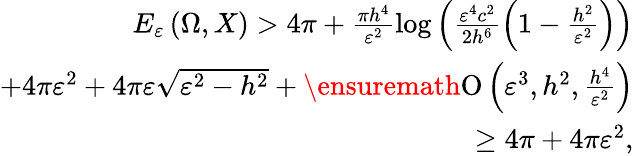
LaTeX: \begin{array}{r}{E_{\varepsilon}\left(\Omega,X\right)>4\pi+\frac{\pi h^{4}}{\varepsilon^{2}}\log{\left(\frac{\varepsilon^{4}c^{2}}{2h^{6}}\left(1-\frac{h^{2}}{\varepsilon^{2}}\right)\right)}}\\ {+4\pi\varepsilon^{2}+4\pi\varepsilon\sqrt{\varepsilon^{2}-h^{2}}+\ensuremath{\operatorname{O}\left(\varepsilon^{3},h^{2},\frac{h^{4}}{\varepsilon^{2}}\right)}}\\ {\geq 4\pi+4\pi\varepsilon^{2},}\end{array}